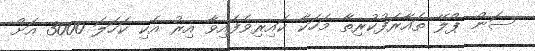
ސަން ޕްލޭ ތައާރަފުކުރިތާ މަހަކާ ކައިރިވެފައިވާ އިރު އެކި ކަހަލަ 3000 އަށް